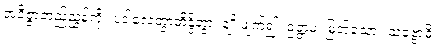
အဝိဇ္ဇာတည်ညွှန့်ကို။ ပဒါလေတွာဘိန္ဒိတွာ၊ ချိုးဖျက်၍။ ဥတ္တမံ၊ မြတ်သော။ သဗ္ဗောဓိ၊